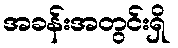
အခန်းအတွင်းရှိ